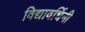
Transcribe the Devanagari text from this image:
विद्यावर्धिनी